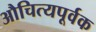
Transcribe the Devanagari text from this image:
औचित्यपूर्वक